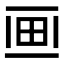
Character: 𤰱